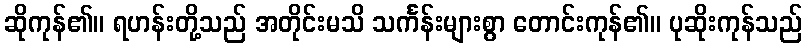
ဆိုကုန်၏။ ရဟန်းတို့သည် အတိုင်းမသိ သင်္ကန်းများစွာ တောင်းကုန်၏။ ပုဆိုးကုန်သည်